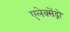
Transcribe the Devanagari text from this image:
एलेक्सेंड्रो